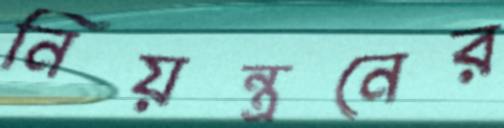
নিয়ন্ত্রনের